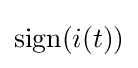
{\text{sign}}(i(t))